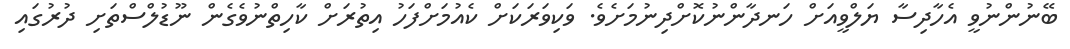
ބޭނުންނުވީ އެހާދިސާ ޔަލްވީއަށް ހަނދާންނުކޮށްދިނުމަށެވެ. ވަކިވަރަކަށް ކެއުމަށްފަހު އިތުރަށް ކާހިތްނުވެގެން ނޫޑުލްސްތަށި ދުރުގައި